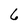
Character: 6